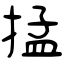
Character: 掹